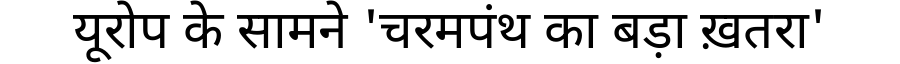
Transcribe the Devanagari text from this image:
यूरोप के सामने 'चरमपंथ का बड़ा ख़तरा'